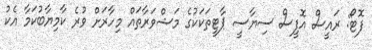
ފޮޓޯ: ރައީސް އޮފީސް ސިޔާސީ ޕާޓީތަކަކުގެ މަޝްވަރާތައް މިހާރަށް ވުރެ ކާމިޔާބުކަމާ އެކު